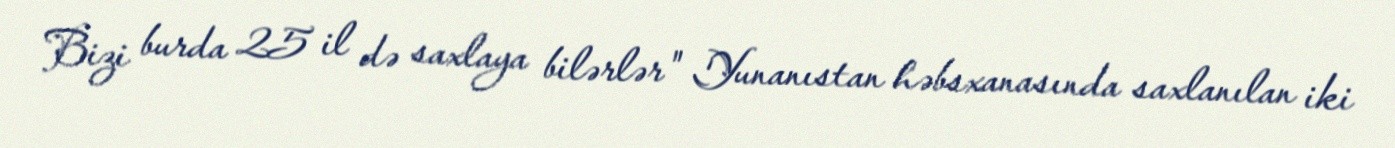
Bizi burda 25 il də saxlaya bilərlər" Yunanıstan həbsxanasında saxlanılan iki